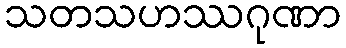
သတသဟဿဂုဏာ